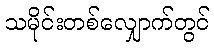
သမိုင်းတစ်လျှောက်တွင်